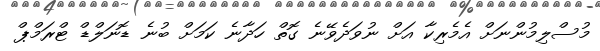
މުސްލިމުންނަށް އެމެރިކާ އަށް ނުވަދެވޭނެ ގޮތް ހަދާނެ ކަމަށް ބުނެ ޑޮނަލްޑް ޓްރަމްޕް